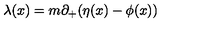
{ \lambda } ( x ) = m { \partial } _ { + } ( { \eta } ( x ) - { \phi } ( x ) )